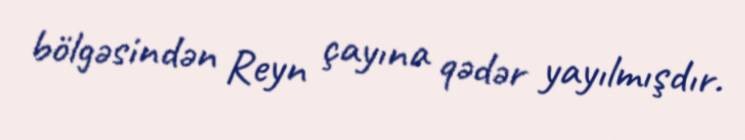
bölgəsindən Reyn çayına qədər yayılmışdır.